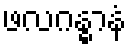
ဖလဂန္ဓာနံ